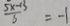
\frac { 5 x - 1 3 } { 5 } = - 1